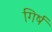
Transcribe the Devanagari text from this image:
गिर्ष